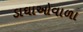
ડાઘાઓવાળા